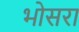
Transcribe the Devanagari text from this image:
भोसरा